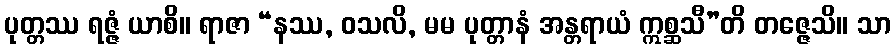
ပုတ္တဿ ရဇ္ဇံ ယာစိ။ ရာဇာ “နဿ, ဝသလိ, မမ ပုတ္တာနံ အန္တရာယံ ဣစ္ဆသီ”တိ တဇ္ဇေသိ။ သာ